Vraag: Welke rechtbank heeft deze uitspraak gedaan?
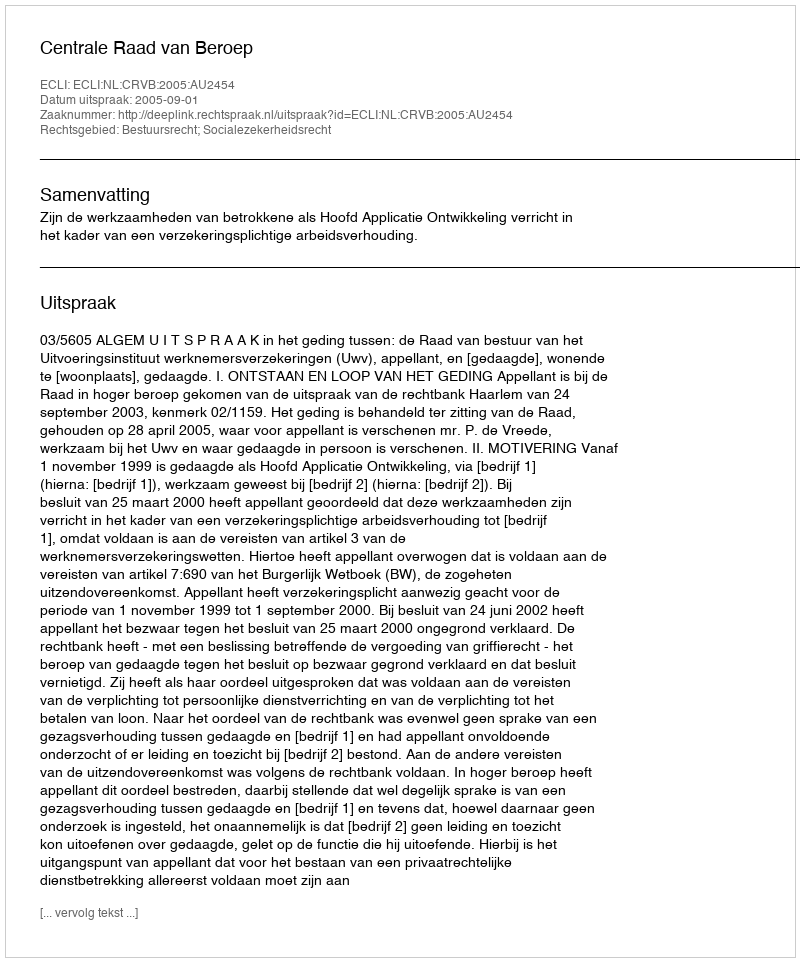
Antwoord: Centrale Raad van Beroep